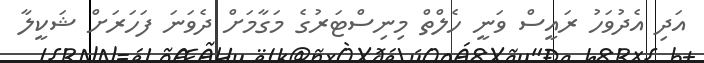
އަދި އެދުވަހު ރައީސް ވަނީ ހެލްތް މިނިސްޓަރުގެ މަގާމަށް ދެވަނަ ފަހަރަށް ޝަކީލާ